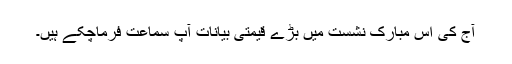
آج کی اس مبارک نشست میں بڑے قیمتی بیانات آپ سماعت فرماچکے ہیں۔